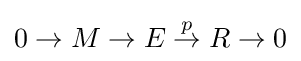
0\to M\to E{\overset {p}{{}\to {}}}R\to 0